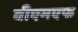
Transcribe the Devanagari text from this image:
वीएमएफ